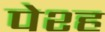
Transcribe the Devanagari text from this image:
पेश्ह